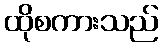
ထိုစကားသည်